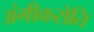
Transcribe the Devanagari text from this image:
अंगीकरोति